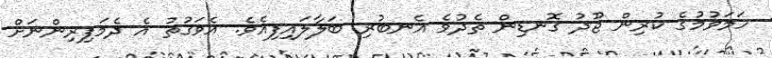
ހަމަވުމުގެ ކުރިން ޖޫދު ގޮނޑިން ތެދުވެ އެނބުރި ބަލާލައިފިއެވެ. އެވަގުތު އެ ދެމަފިރިންނަށް